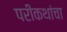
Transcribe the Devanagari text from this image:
परीकथांचा